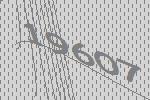
19607